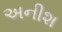
અનીશ